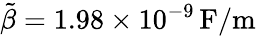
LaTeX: \tilde{\beta}=1.98\times 10^{-9}\, \mathrm{F/m}